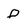
Character: D